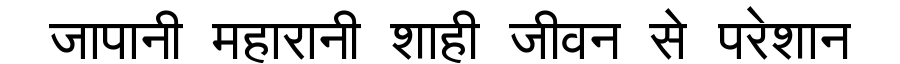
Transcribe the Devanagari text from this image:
जापानी महारानी शाही जीवन से परेशान